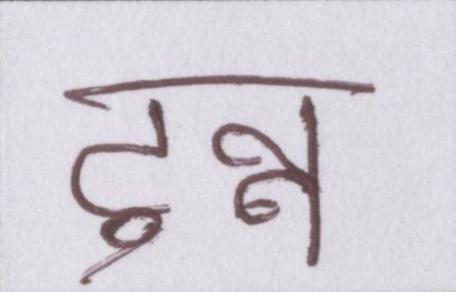
टुन्न